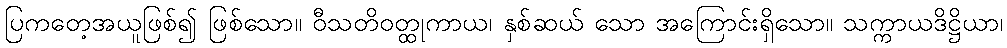
ပြကတေ့အယူဖြစ်၍ ဖြစ်သော။ ဝီသတိဝတ္ထုကာယ၊ နှစ်ဆယ် သော အကြောင်းရှိသော။ သက္ကာယဒိဋ္ဌိယာ၊